Bréfritari: Benedikt Jakobsson
Viðtakandi: Jón Borgfirðings Jónsson
Dagsetning: A-1855-04-06
Skrifað á: Ytra-Fjalli  S-Þing.

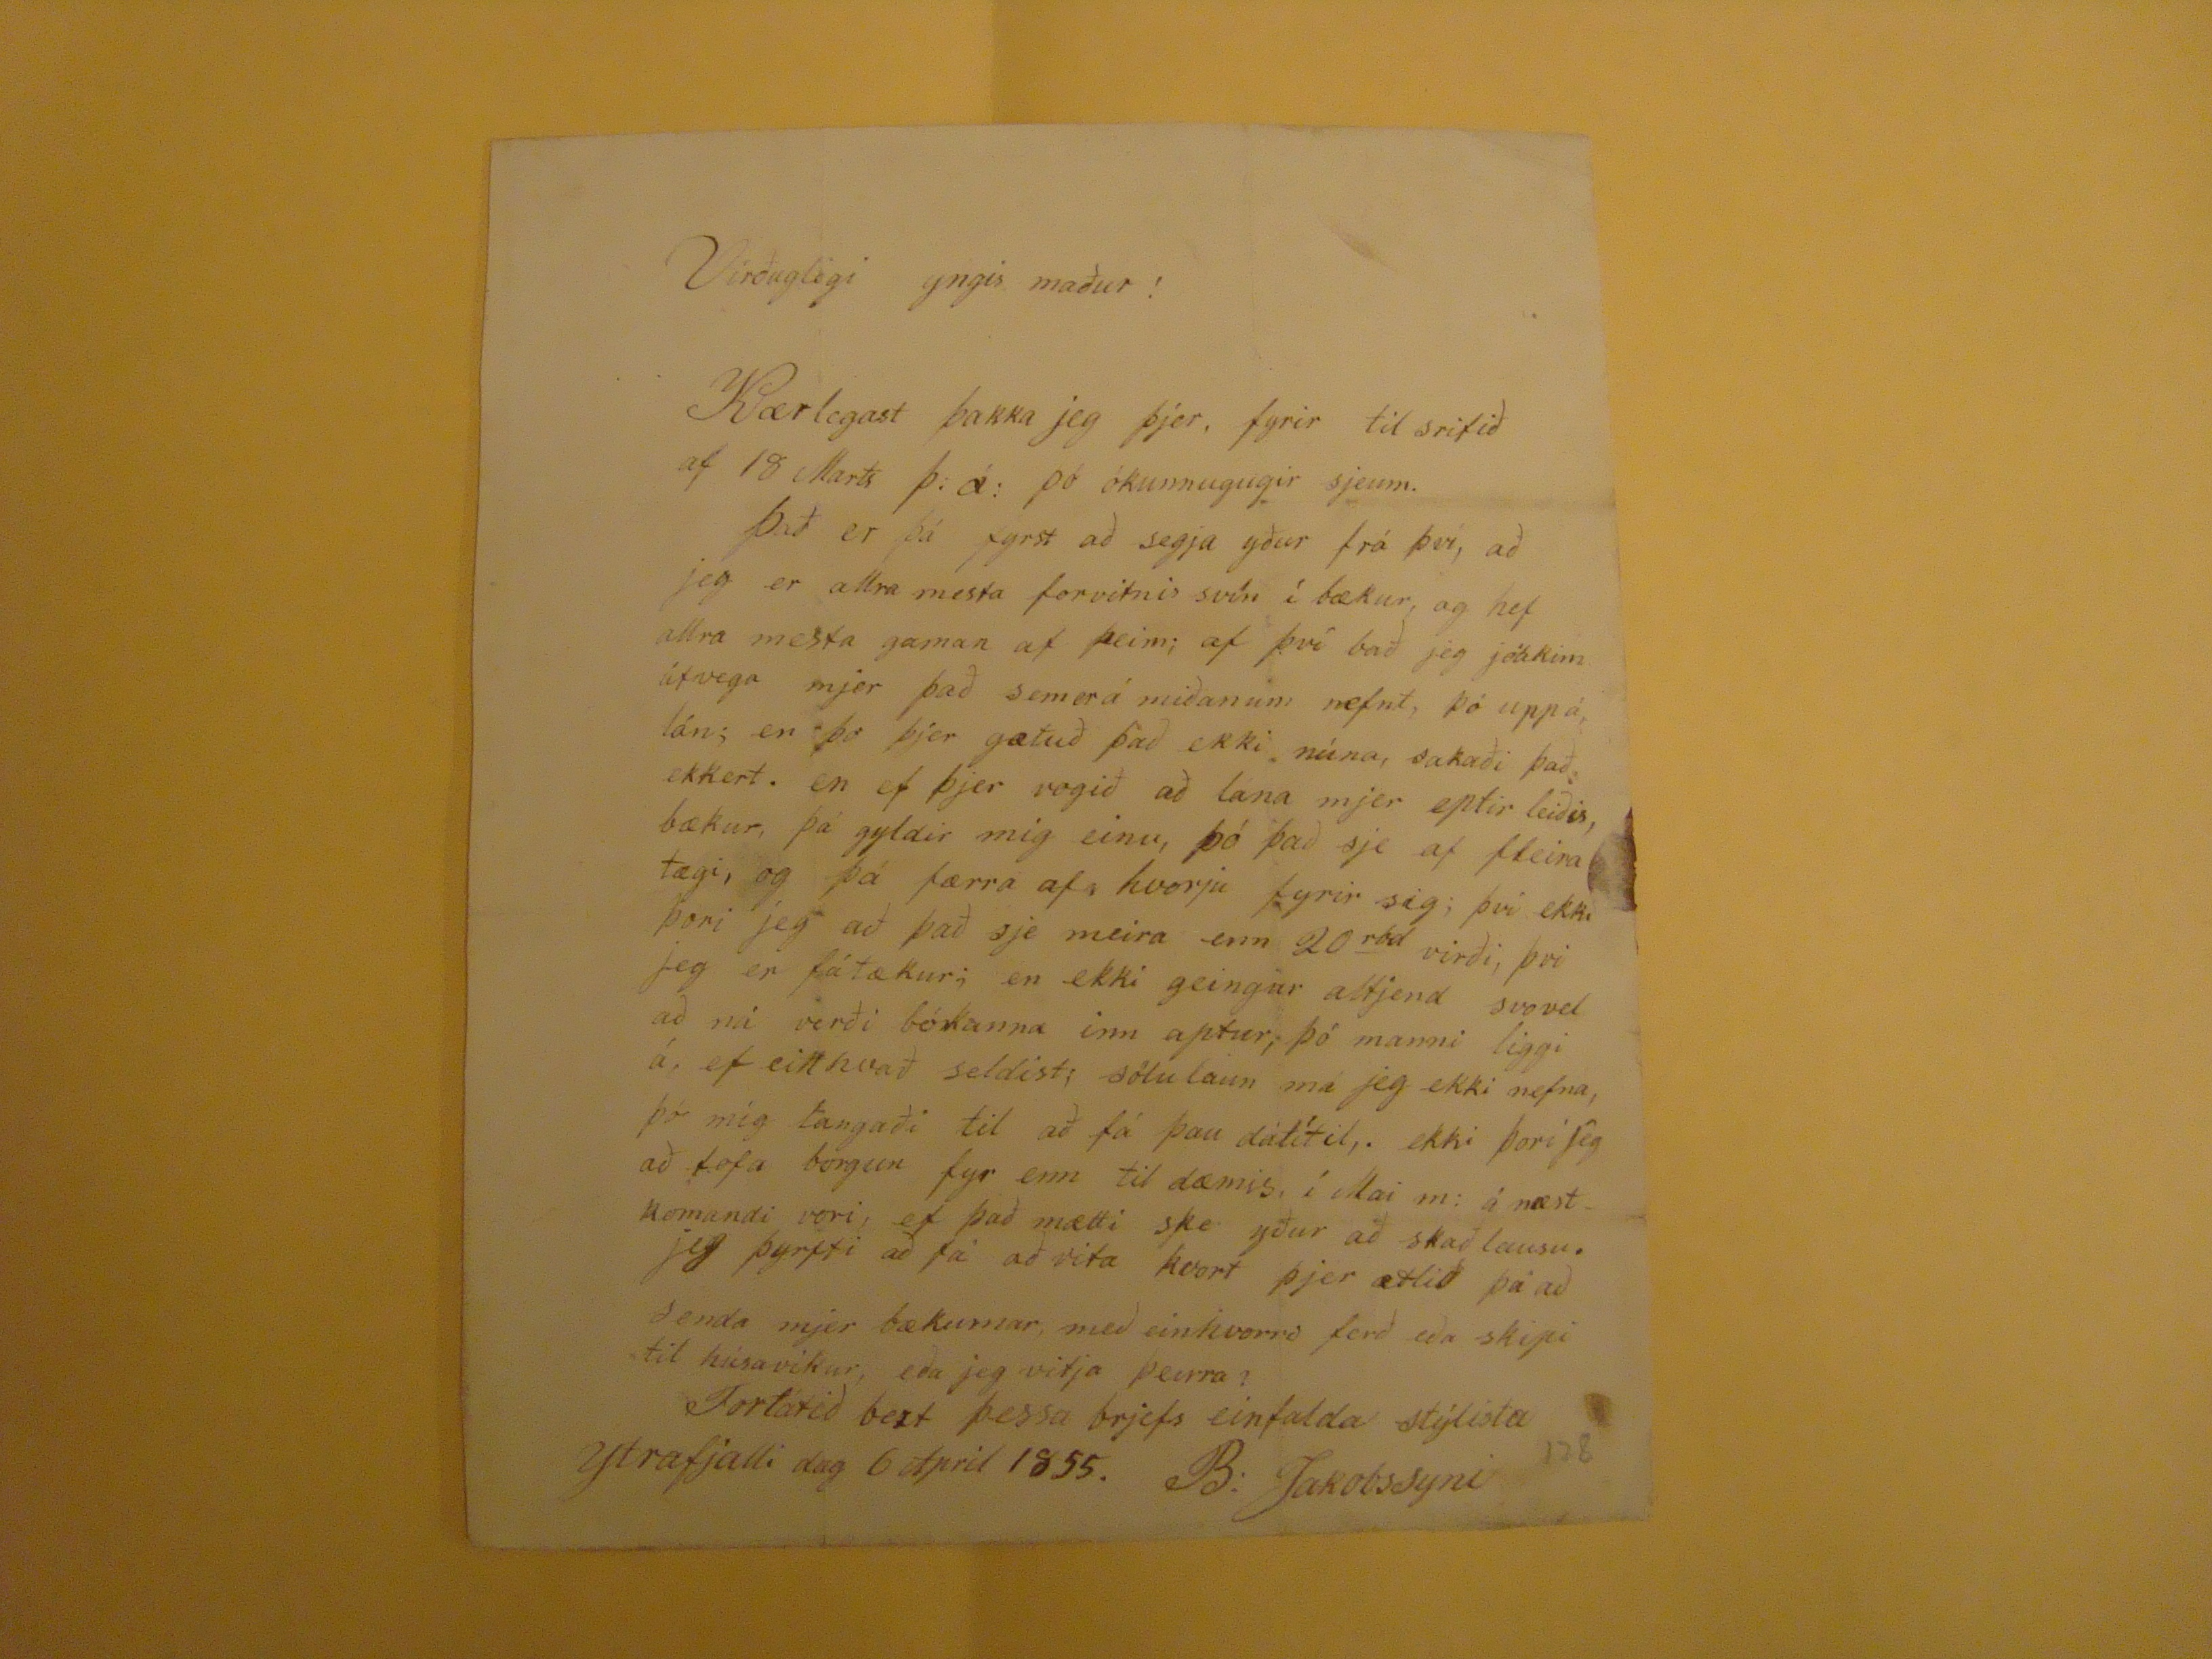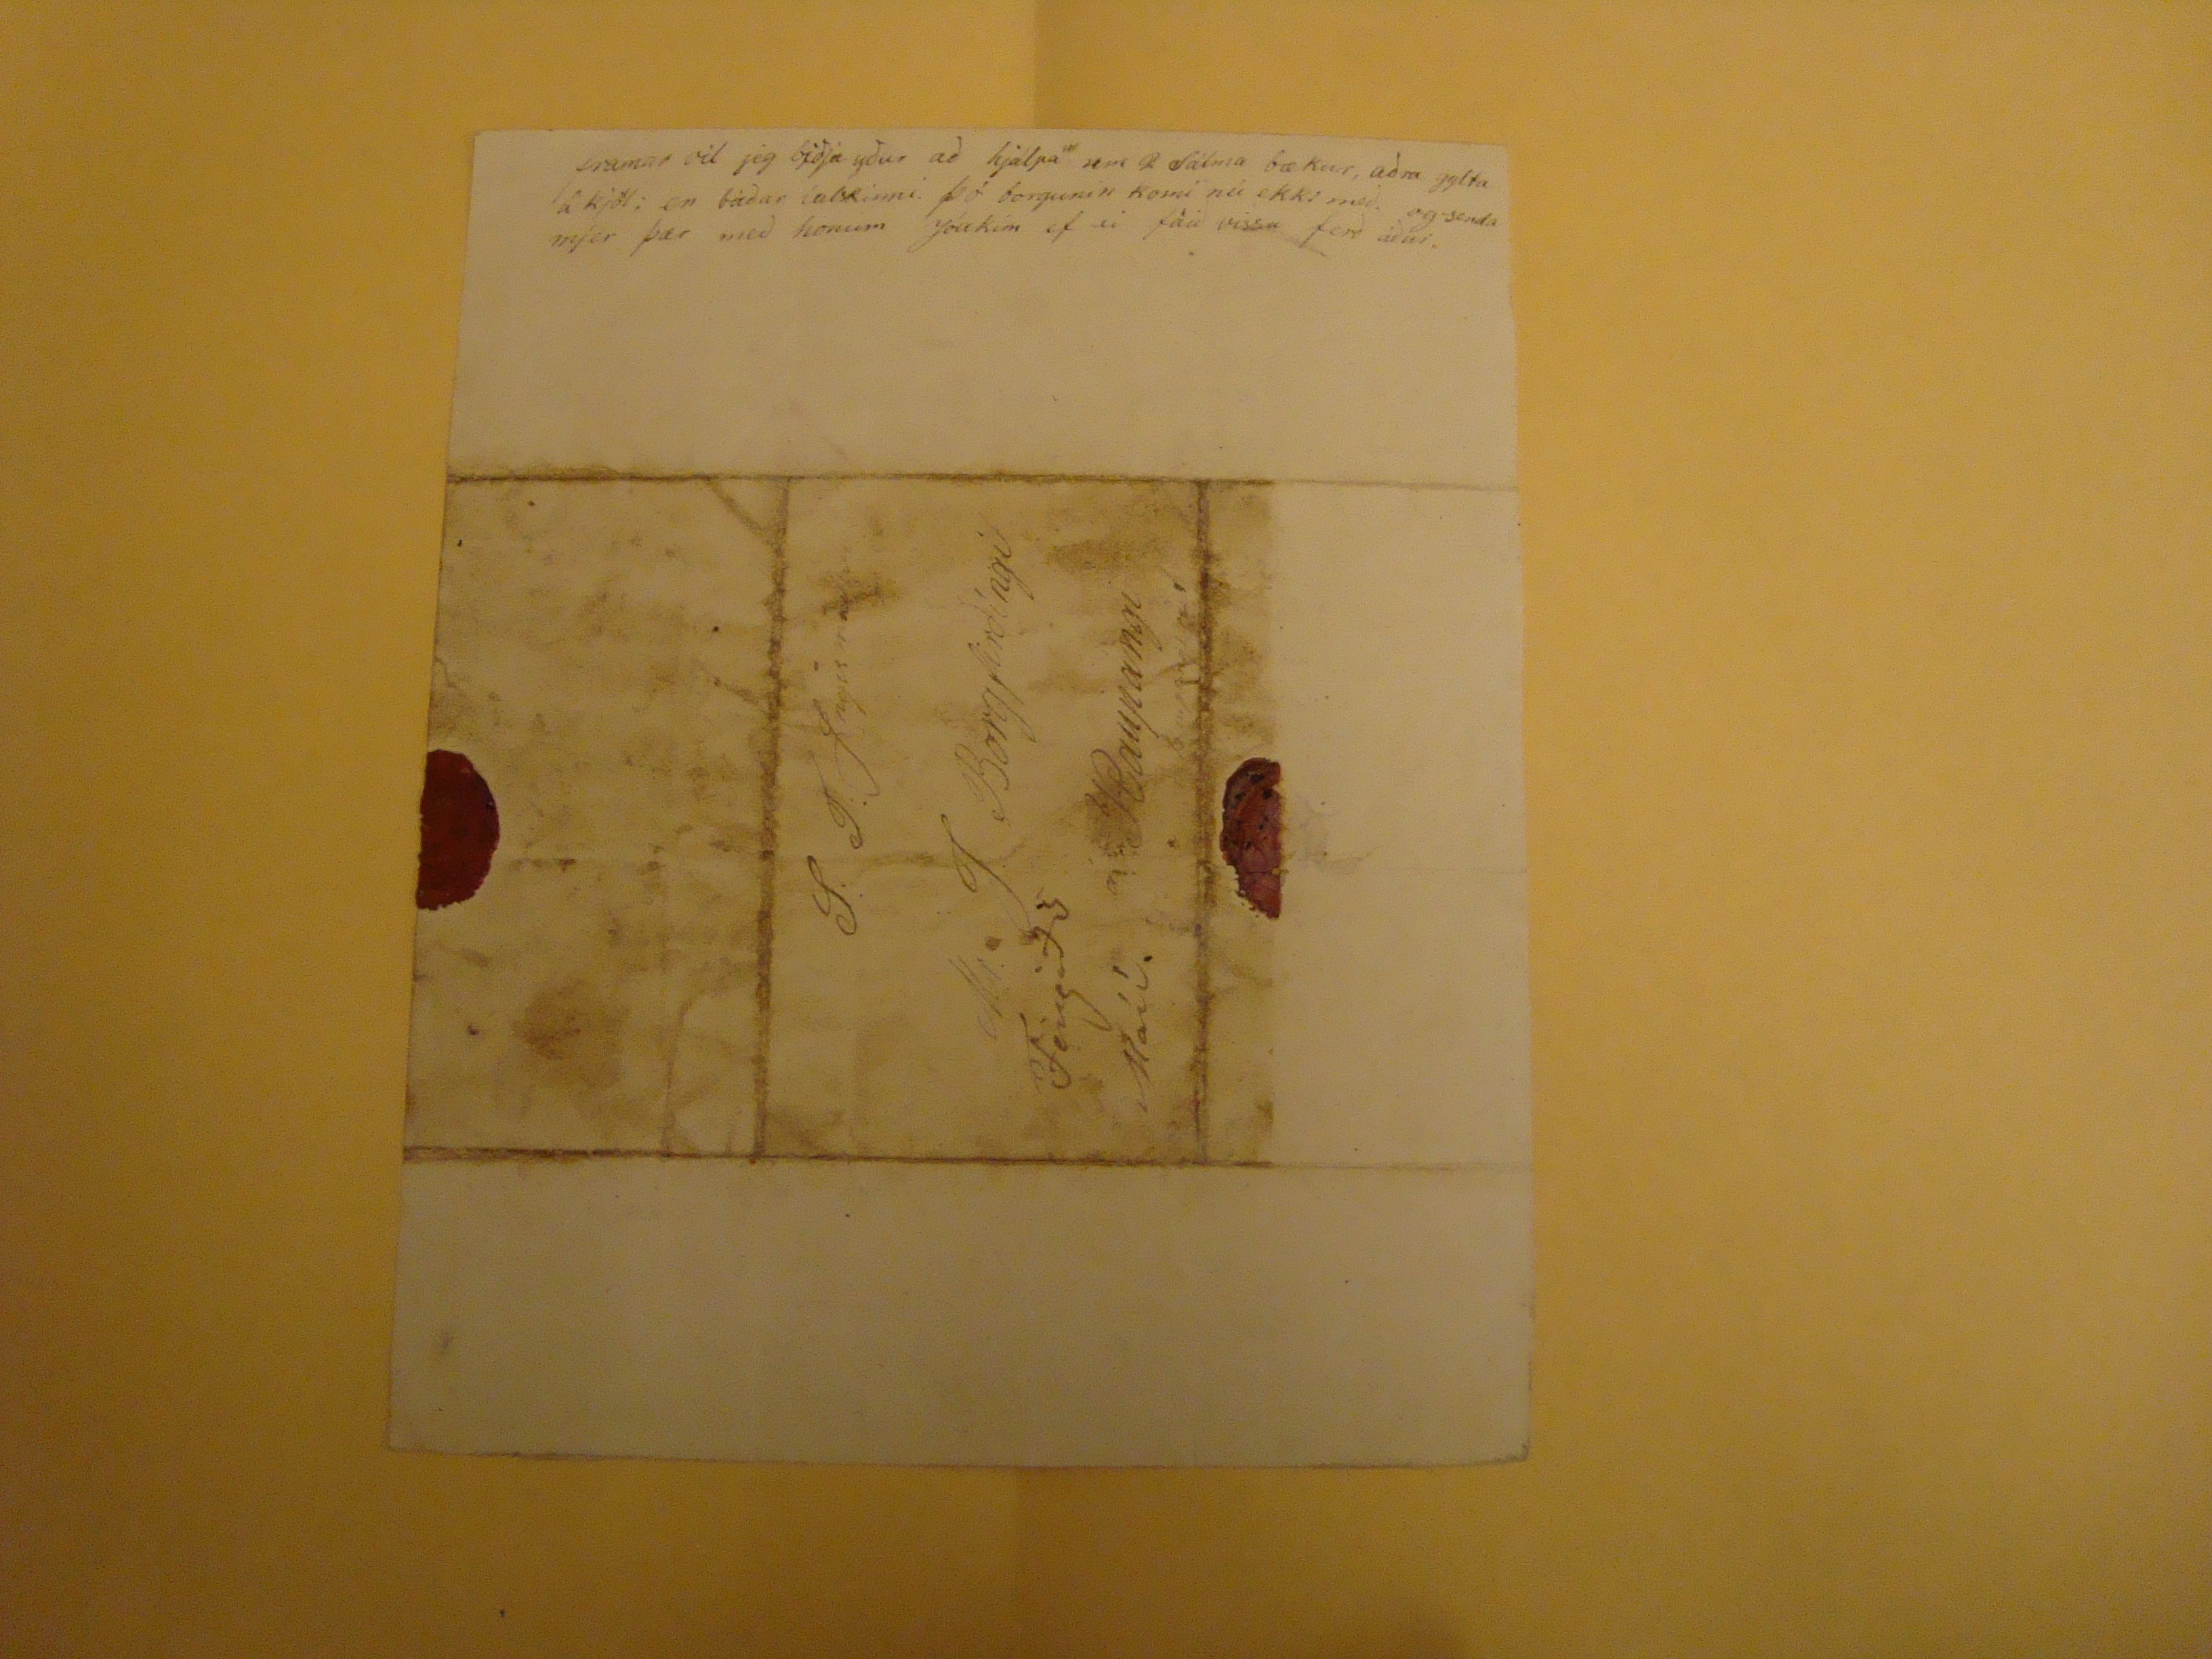

Virðulegi yngis maður !
Kærlegast þakka jeg þjer, fyrir til srifið af 18 Marts þ.á: þó ókunnugugir sjeum. Það er þá fyrst að segja yður frá því, að jeg er allra mesta forvitnis svín í bækur, og hef allra mesta gaman af þeim; af því bað jeg jóakim útvega mjer það sem er á miðanum nefnt, þó uppá lán; en þo þjer gætuð það ekki núna, sakaði það ekkert. en ef þjer vogið að lána mjer eptir leiðis, bækur, þá gyldir mig einu, þó það sje af fleira tægi, og þá færra af hvorju fyrir sig; því ekki þori jeg að það sje meira enn 20
rsd
virði, þvi jeg er fátækur; en ekki geingur altjend svo vel að ná verði bókanna inn aptur; þó manni liggi á, ef eitthvað seldist; sölulaun má jeg ekki nefna þó mig lángaði til að fá þau dálítil,. ekki þori jeg að lofa borgun fyr enn til dæmis, í Mai m: á næstkomandi vori, ef það mætti ske yður að skaðlausu. jeg þyrfti að fá að vita kvort þjer ætlið þá að senda mjer bækurnar, með einkvorri ferð eða skipi til húsavikur, eða jeg vitja þeirra? Forlátið bezt þessa brjefs einfalda stýlista
Ytrafjalli dag 6 April 1855. B. Jakobssyni
framar vil jeg biðja yður að hjalpa um 2 Sálma bækur, aðra gylta á kjöl; en báðar íalskinni. þó borgunin komi nú ekki með. og senda mjer þær með honum Jóakim ef ei fáir vissa ferð áður.
S. T. Ingis
maður
Hr. J. Borgfirðíngi
Kaupangi
Fengið 5 Maíí.